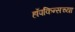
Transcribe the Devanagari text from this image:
हॉपकिन्सच्या